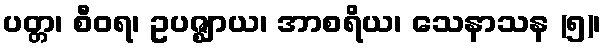
ပတ္တ၊ စီဝရ၊ ဥပဇ္ဈာယ၊ အာစရိယ၊ သေနာသန (၅)၊